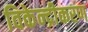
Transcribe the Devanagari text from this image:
विकेन्‍द्रीकरण